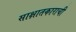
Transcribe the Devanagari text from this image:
साक्षातकाराची